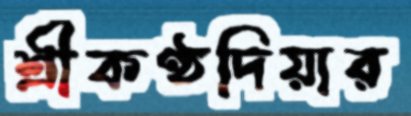
শ্রীকণ্ঠদিয়ার